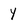
Character: Y